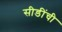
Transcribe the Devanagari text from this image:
सीडींची